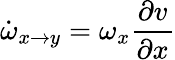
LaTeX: \dot{\omega}_{x\rightarrow y}=\omega_{x}\frac{\partial v}{\partial x}